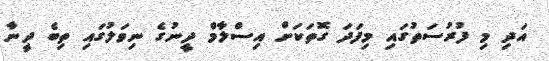
އަދި މި ފުރުސަތުގައި މިފަދަ ގޮތަކަށް އިސްލާމް ދީނުގެ ނިވަލުގައި ތިބެ ދީނާ